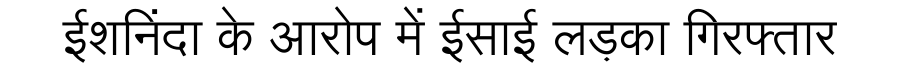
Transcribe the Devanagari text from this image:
ईशनिंदा के आरोप में ईसाई लड़का गिरफ्तार